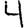
Digit: 4